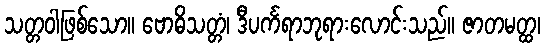
သတ္တဝါဖြစ်သော။ ဗောဓိသတ္တံ၊ ဒီပင်္ကရာဘုရားလောင်းသည်။ ဇာတမတ္ထ၊